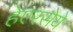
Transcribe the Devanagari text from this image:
हेएरसेये